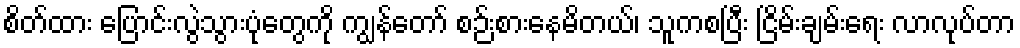
စိတ်ထား ပြောင်းလွဲသွားပုံတွေကို ကျွန်တော် စဉ်းစားနေမိတယ်၊ သူကစပြီး ငြိမ်းချမ်းရေး လာလုပ်တာ